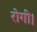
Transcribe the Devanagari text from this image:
रोगी।